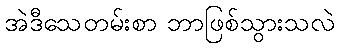
အဲဒီသေတမ်းစာ ဘာဖြစ်သွားသလဲ